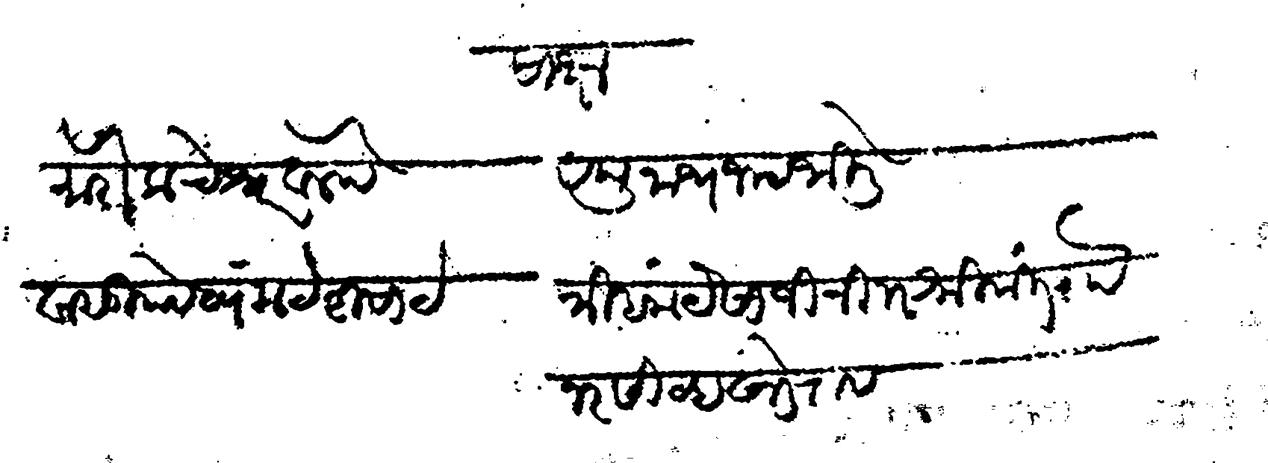
Transliteration (Devanagari): साक्ष मोरो कचेश्वर वोलपे रघुनाथभट भिडे वासुदेव व्यंकटेश साटे त्रिंबक येसाजी नि श्रीमंत शानरसिव्ह खंडेराव